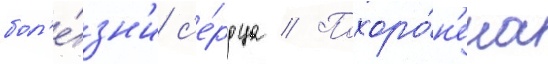
бол'е́зн'и с'е́рдца // Похоро́н'ена